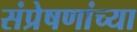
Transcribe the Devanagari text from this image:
संप्रेषणांच्या